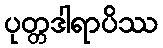
ပုတ္တဒါရာပိဿ